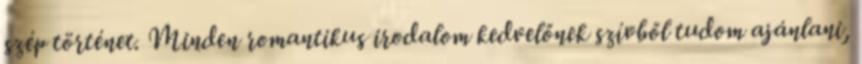
szép történet. Minden romantikus irodalom kedvelőnek szívből tudom ajánlani,